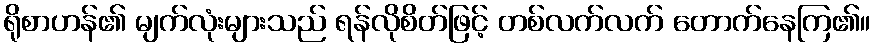
ရိုစာဟန်၏ မျက်လုံးများသည် ရန်လိုစိတ်ဖြင့် တစ်လက်လက် တောက်နေကြ၏။